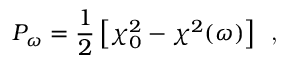
P _ { \omega } = \frac { 1 } { 2 } \left[ \chi _ { 0 } ^ { 2 } - \chi ^ { 2 } ( \omega ) \right] \, \textrm { , }